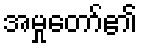
အမှုတော်၏